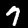
Label: 7